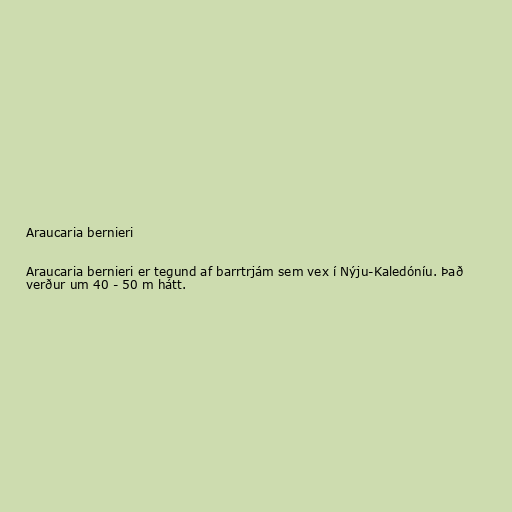
Araucaria bernieri

Araucaria bernieri er tegund af barrtrjám sem vex í Nýju-Kaledóníu. Það
verður um 40 - 50 m hátt.